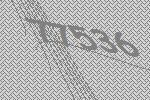
77536